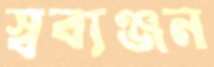
স্বব্যঞ্জন